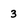
Character: 3